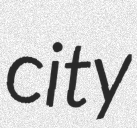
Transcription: city